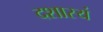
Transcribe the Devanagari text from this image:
दशास्यं